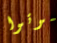
موتوا